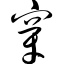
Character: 穿